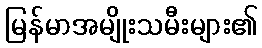
မြန်မာအမျိုးသမီးများ၏